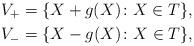
LaTeX: \begin{align*} V_+ & = \{X + g(X) \colon X \in T\},\\ V_- & = \{X - g(X) \colon X \in T\},\end{align*}